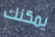
يمكنك